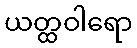
ယတ္ထဝါရော